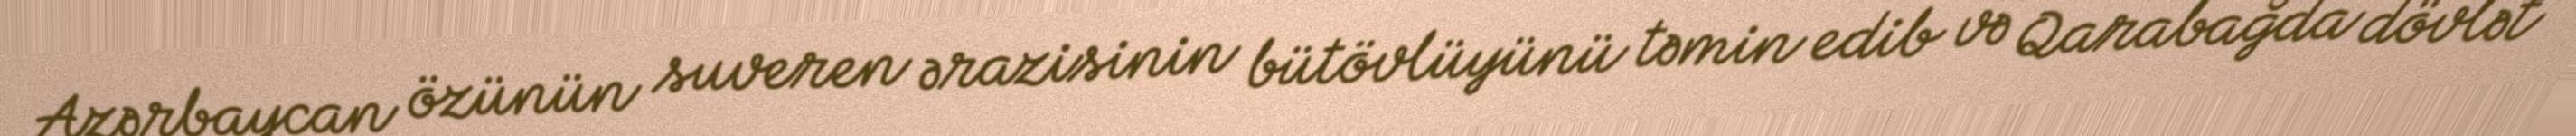
Azərbaycan özünün suveren ərazisinin bütövlüyünü təmin edib və Qarabağda dövlət